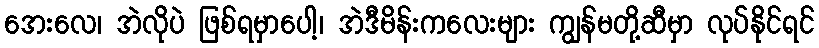
အေးလေ၊ အဲလိုပဲ ဖြစ်ရမှာပေါ့၊ အဲဒီမိန်းကလေးများ ကျွန်မတို့ဆီမှာ လုပ်နိုင်ရင်